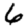
Digit: 6